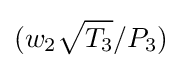
(w_{2}{\sqrt {T_{3}}}/P_{3})